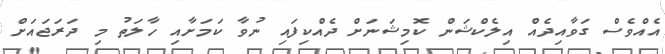
އެއްވެސް ގަވާއިދެއް އިލެކްޝަން ކޮމިޝަނަށް ދެއްކިފައި ނުވާ ކަމަށާއި ހާލަތު މި ދަރަޖައަށް